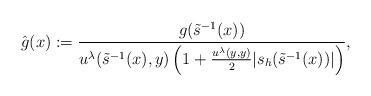
LaTeX: \begin{align*}\hat{g}(x):= \frac{g(\tilde{s}^{-1}(x))}{u^{\lambda}(\tilde{s}^{-1}(x),y)\left(1+\frac{u^{\lambda}(y,y)}{2}|s_h(\tilde{s}^{-1}(x))|\right)},\end{align*}